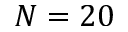
N = 2 0